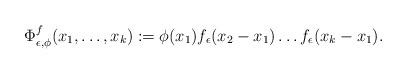
LaTeX: \begin{align*}\Phi_{\epsilon,\phi}^f(x_1,\ldots,x_k):=\phi(x_1)f_\epsilon(x_2-x_1) \ldots f_\epsilon(x_k-x_1).\end{align*}